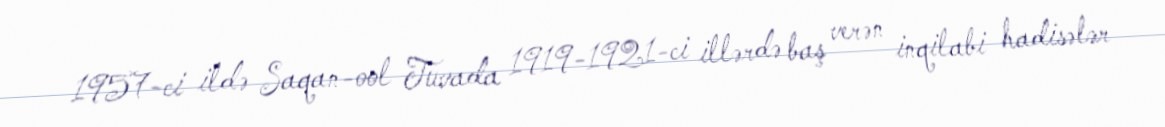
1957-ci ildə Saqan-ool Tuvada 1919-1921-ci illərdə baş verən inqilabi hadisələr